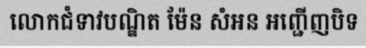
លោកជំទាវបណ្ឌិត ម៉ែន សំអន អញ្ជើញបិទ